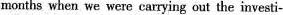
months when we were carrying out the investi-